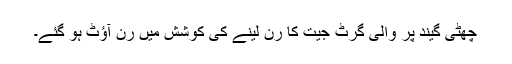
چھٹی گیند پر والی گرٹ جیت کا رن لینے کی کوشش میں رن آؤٹ ہو گئے۔